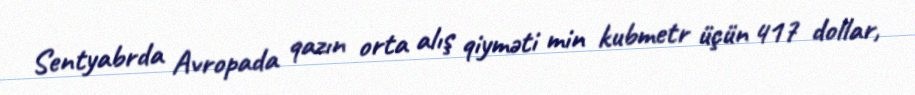
Sentyabrda Avropada qazın orta alış qiyməti min kubmetr üçün 417 dollar,